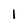
Character: l